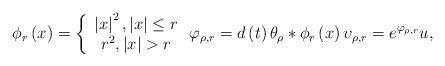
LaTeX: \begin{align*}\phi _{r}\left( x\right) =\left\{ \begin{array}{c}\left\vert x\right\vert ^{2},\left\vert x\right\vert \leq r \\ r^{2},\left\vert x\right\vert >r\end{array}\right. \varphi _{\rho ,r}=d\left( t\right) \theta _{\rho }\ast\phi _{r}\left( x\right) \upsilon _{\rho ,r}=e^{\varphi _{\rho,r}}u, \end{align*}